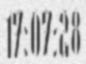
17:07:28